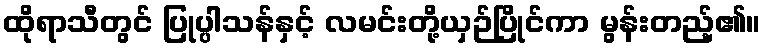
ထိုရာသီတွင် ပြုပ္ပါသန်နှင့် လမင်းတို့ယှဉ်ပြိုင်ကာ မွန်းတည့်၏။